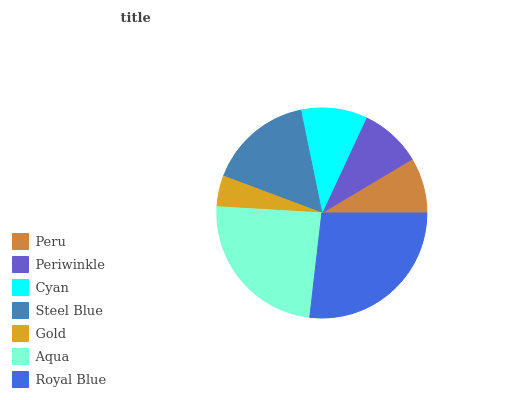
| Peru | Periwinkle | Cyan | Steel Blue | Gold | Aqua | Royal Blue |
 | --- | --- | --- | --- | --- | --- | --- |
 | 8.55% | 9.47% | 10.2% | 16.1% | 4.75% | 24.2% | 26.9% |